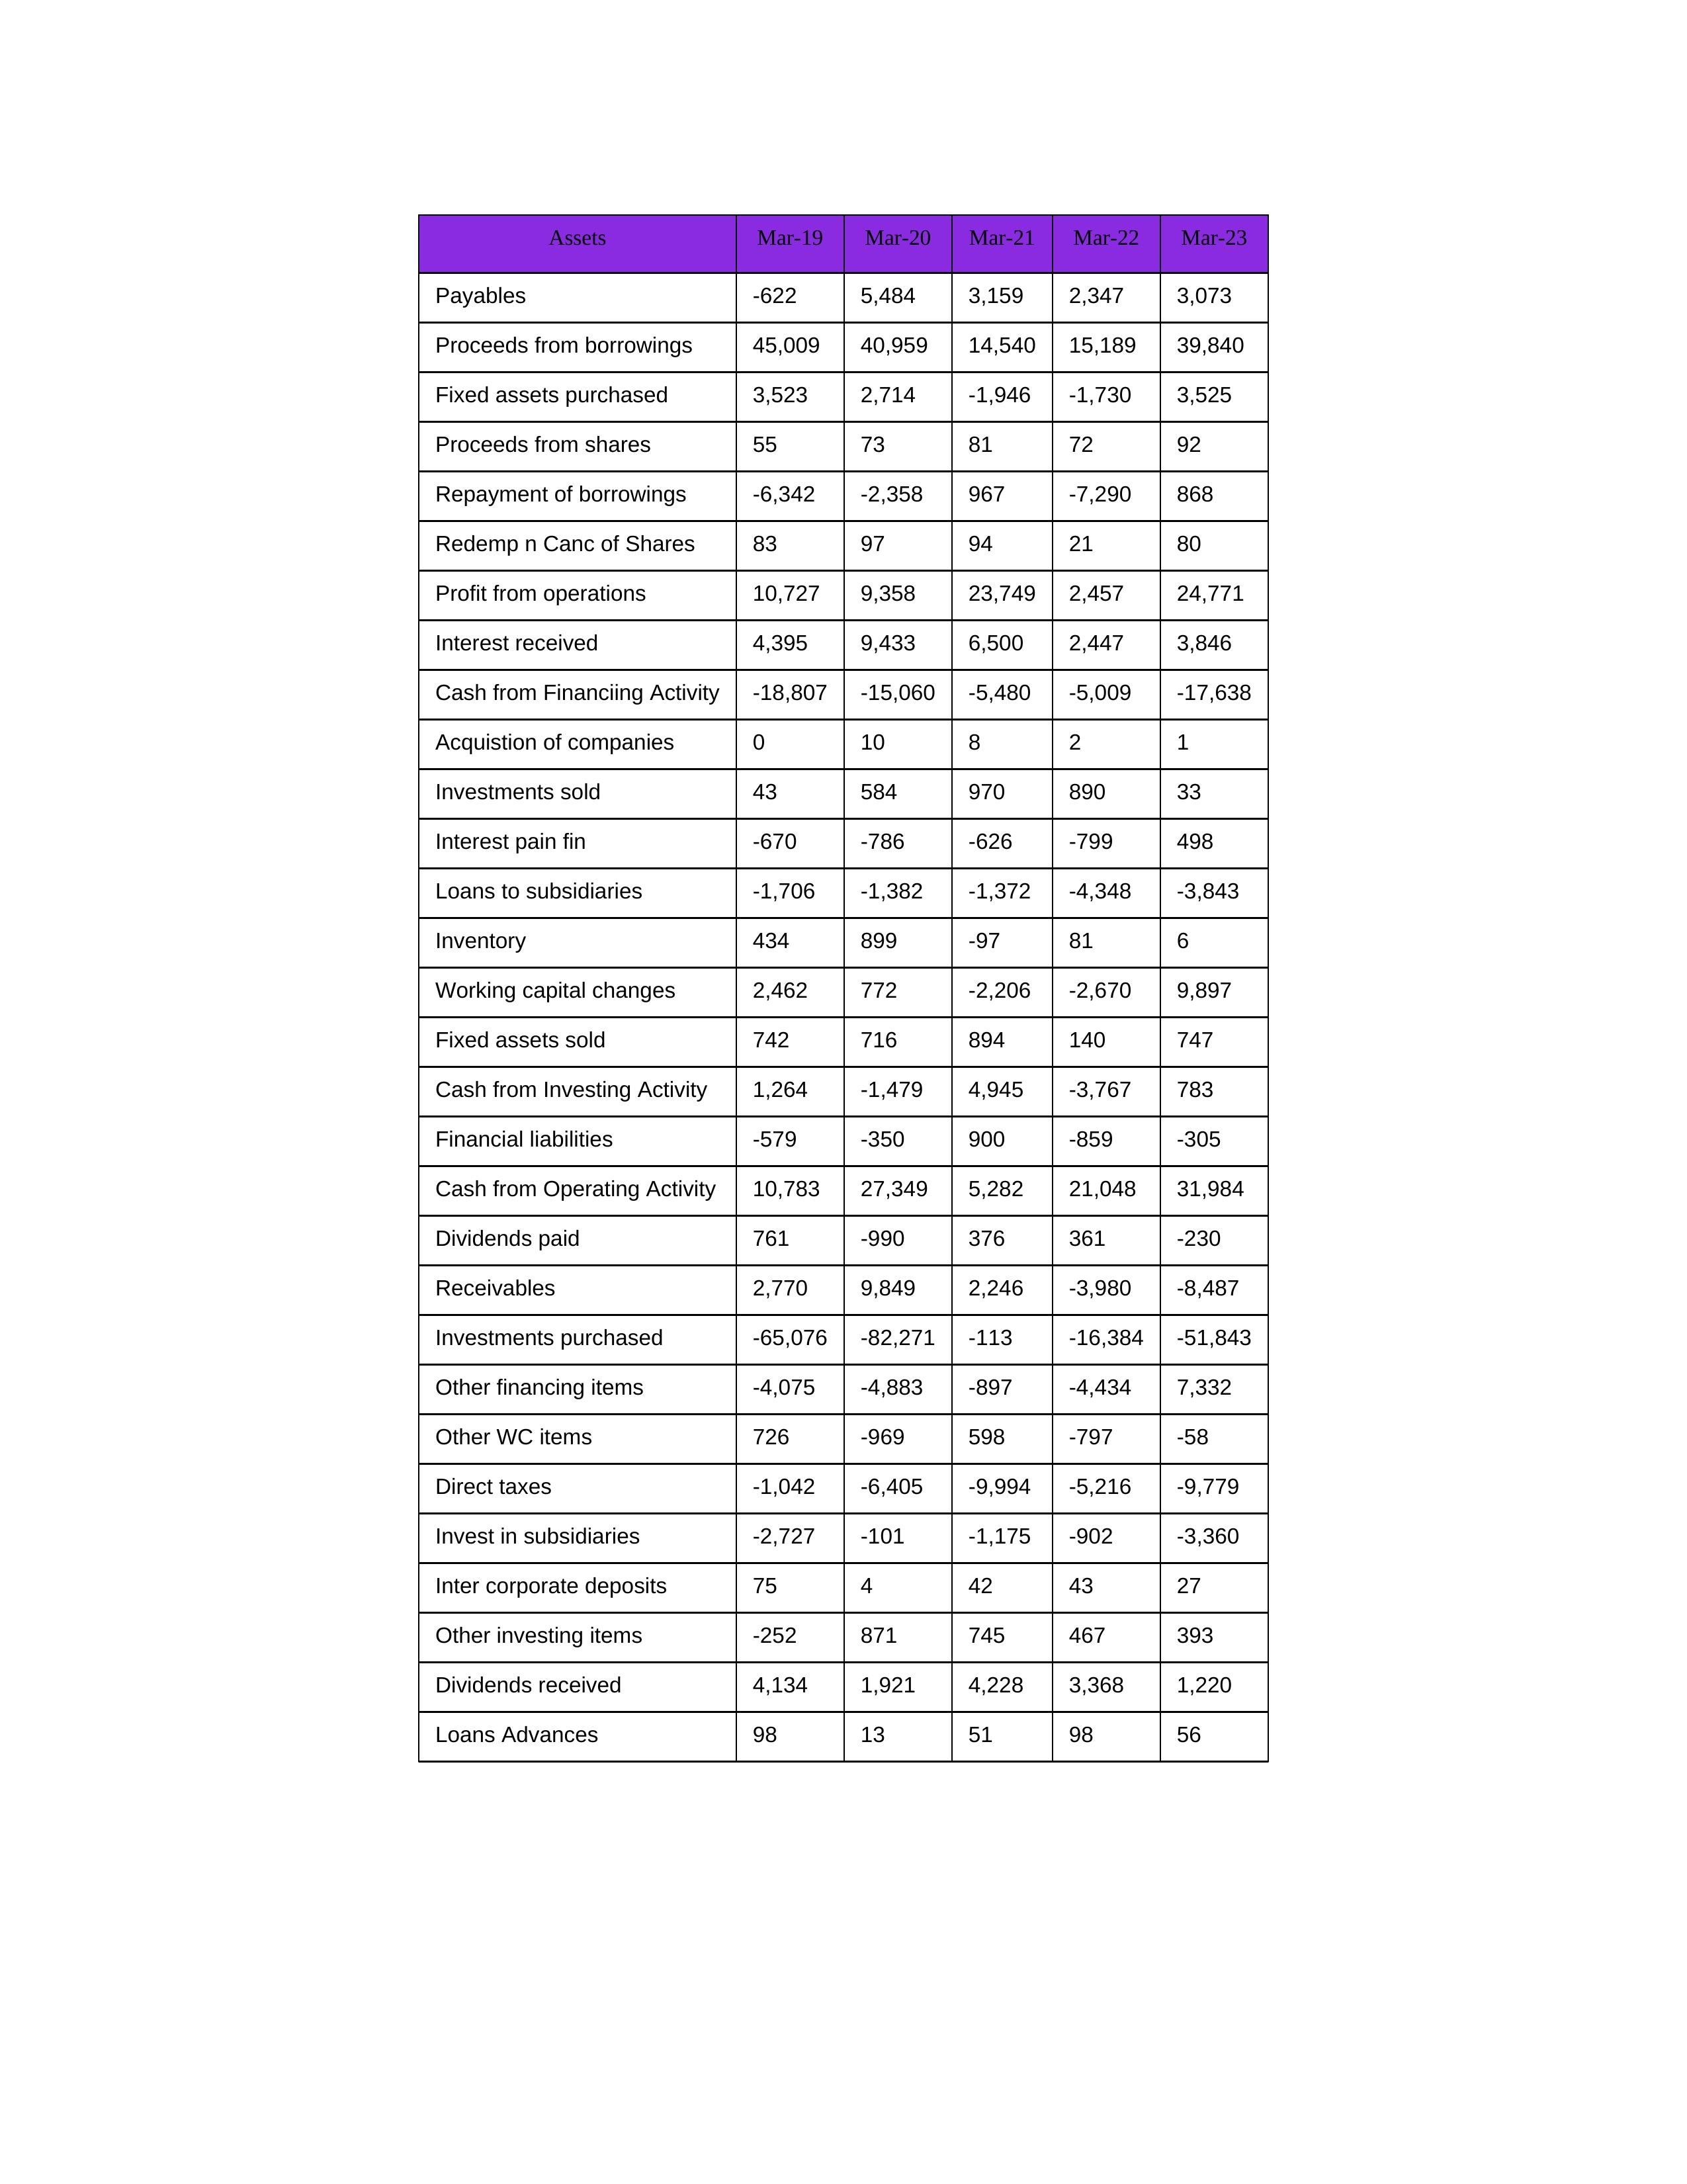
gt_parse: Mar-19: Cash from Operating Activity: 10,783
Profit from operations: 10,727
Receivables: 2,770
Inventory: 434
Payables: -622
Loans Advances: 98
Other WC items: 726
Working capital changes: 2,462
Direct taxes: -1,042
Cash from Investing Activity: 1,264
Fixed assets purchased: 3,523
Fixed assets sold: 742
Investments purchased: -65,076
Investments sold: 43
Interest received: 4,395
Dividends received: 4,134
Invest in subsidiaries: -2,727
Loans to subsidiaries: -1,706
Redemp n Canc of Shares: 83
Acquistion of companies: 0
Inter corporate deposits: 75
Other investing items: -252
Cash from Financiing Activity: -18,807
Proceeds from shares: 55
Proceeds from borrowings: 45,009
Repayment of borrowings: -6,342
Interest pain fin: -670
Dividends paid: 761
Financial liabilities: -579
Other financing items: -4,075
Mar-20: Cash from Operating Activity: 27,349
Profit from operations: 9,358
Receivables: 9,849
Inventory: 899
Payables: 5,484
Loans Advances: 13
Other WC items: -969
Working capital changes: 772
Direct taxes: -6,405
Cash from Investing Activity: -1,479
Fixed assets purchased: 2,714
Fixed assets sold: 716
Investments purchased: -82,271
Investments sold: 584
Interest received: 9,433
Dividends received: 1,921
Invest in subsidiaries: -101
Loans to subsidiaries: -1,382
Redemp n Canc of Shares: 97
Acquistion of companies: 10
Inter corporate deposits: 4
Other investing items: 871
Cash from Financiing Activity: -15,060
Proceeds from shares: 73
Proceeds from borrowings: 40,959
Repayment of borrowings: -2,358
Interest pain fin: -786
Dividends paid: -990
Financial liabilities: -350
Other financing items: -4,883
Mar-21: Cash from Operating Activity: 5,282
Profit from operations: 23,749
Receivables: 2,246
Inventory: -97
Payables: 3,159
Loans Advances: 51
Other WC items: 598
Working capital changes: -2,206
Direct taxes: -9,994
Cash from Investing Activity: 4,945
Fixed assets purchased: -1,946
Fixed assets sold: 894
Investments purchased: -113
Investments sold: 970
Interest received: 6,500
Dividends received: 4,228
Invest in subsidiaries: -1,175
Loans to subsidiaries: -1,372
Redemp n Canc of Shares: 94
Acquistion of companies: 8
Inter corporate deposits: 42
Other investing items: 745
Cash from Financiing Activity: -5,480
Proceeds from shares: 81
Proceeds from borrowings: 14,540
Repayment of borrowings: 967
Interest pain fin: -626
Dividends paid: 376
Financial liabilities: 900
Other financing items: -897
Mar-22: Cash from Operating Activity: 21,048
Profit from operations: 2,457
Receivables: -3,980
Inventory: 81
Payables: 2,347
Loans Advances: 98
Other WC items: -797
Working capital changes: -2,670
Direct taxes: -5,216
Cash from Investing Activity: -3,767
Fixed assets purchased: -1,730
Fixed assets sold: 140
Investments purchased: -16,384
Investments sold: 890
Interest received: 2,447
Dividends received: 3,368
Invest in subsidiaries: -902
Loans to subsidiaries: -4,348
Redemp n Canc of Shares: 21
Acquistion of companies: 2
Inter corporate deposits: 43
Other investing items: 467
Cash from Financiing Activity: -5,009
Proceeds from shares: 72
Proceeds from borrowings: 15,189
Repayment of borrowings: -7,290
Interest pain fin: -799
Dividends paid: 361
Financial liabilities: -859
Other financing items: -4,434
Mar-23: Cash from Operating Activity: 31,984
Profit from operations: 24,771
Receivables: -8,487
Inventory: 6
Payables: 3,073
Loans Advances: 56
Other WC items: -58
Working capital changes: 9,897
Direct taxes: -9,779
Cash from Investing Activity: 783
Fixed assets purchased: 3,525
Fixed assets sold: 747
Investments purchased: -51,843
Investments sold: 33
Interest received: 3,846
Dividends received: 1,220
Invest in subsidiaries: -3,360
Loans to subsidiaries: -3,843
Redemp n Canc of Shares: 80
Acquistion of companies: 1
Inter corporate deposits: 27
Other investing items: 393
Cash from Financiing Activity: -17,638
Proceeds from shares: 92
Proceeds from borrowings: 39,840
Repayment of borrowings: 868
Interest pain fin: 498
Dividends paid: -230
Financial liabilities: -305
Other financing items: 7,332